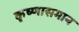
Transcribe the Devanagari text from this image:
कृष्णासमान